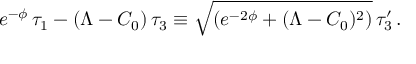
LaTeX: e ^ { - \phi } \, \tau _ { 1 } - ( \Lambda - C _ { 0 } ) \, \tau _ { 3 } \equiv \sqrt { ( e ^ { - 2 \phi } + ( \Lambda - C _ { 0 } ) ^ { 2 } ) } \, \tau _ { 3 } ^ { \prime } \, .